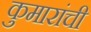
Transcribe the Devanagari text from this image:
कुमारांची